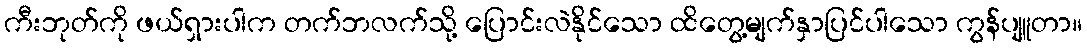
ကီးဘုတ်ကို ဖယ်ရှားပါက တက်ဘလက်သို့ ပြောင်းလဲနိုင်သော ထိတွေ့မျက်နှာပြင်ပါသော ကွန်ပျူတာ။